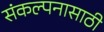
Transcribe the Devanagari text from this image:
संकल्पनासाठी